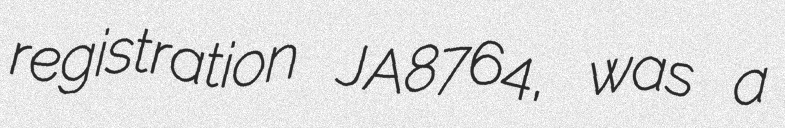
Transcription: registration JA8764, was a